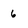
Character: 6